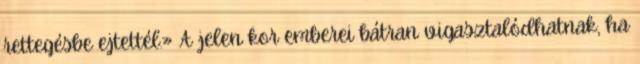
rettegésbe ejtettél.» A jelen kor emberei bátran vigasztalódhatnak, ha